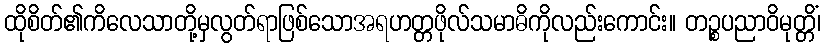
ထိုစိတ်၏ကိလေသာတို့မှလွတ်ရာဖြစ်သောအရဟတ္တဖိုလ်သမာဓိကိုလည်းကောင်း။ တဉ္စပညာဝိမုတ္တိံ၊